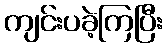
ကျင်းပခဲ့ကြပြီး